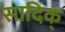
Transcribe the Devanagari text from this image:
सादिक्